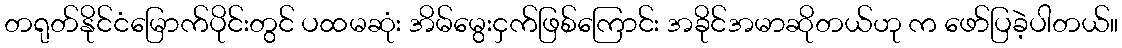
တရုတ်နိုင်ငံမြောက်ပိုင်းတွင် ပထမဆုံး အိမ်မွေးငှက်ဖြစ်ကြောင်း အခိုင်အမာဆိုတယ်ဟု က ဖော်ပြခဲ့ပါတယ်။